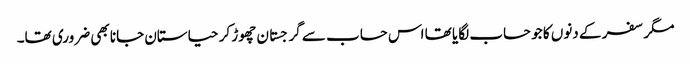
مگر سفر کے دنوں کا جو حساب لگایا تھا اس حساب سے گرجستان چھوڑ کر حیاستان جانا بھی ضروری تھا۔